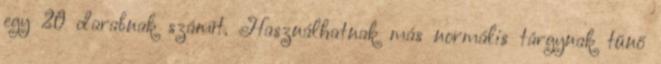
egy 20 darabnak számít. Használhatnak más normális tárgynak tűnő